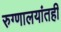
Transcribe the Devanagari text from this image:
रुग्णालयांतही